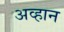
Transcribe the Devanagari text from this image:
अव्हान